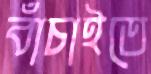
বাঁচাইতে